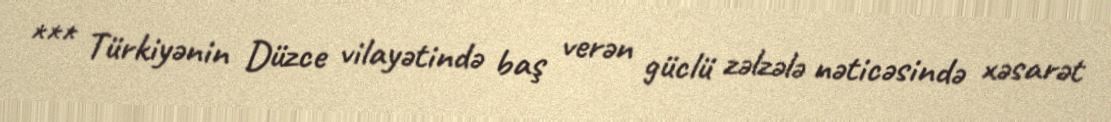
*** Türkiyənin Düzce vilayətində baş verən güclü zəlzələ nəticəsində xəsarət